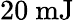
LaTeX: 20\ \mathrm{mJ}